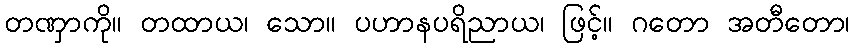
တဏှာကို။ တထာယ၊ သော။ ပဟာနပရိညာယ၊ ဖြင့်။ ဂတော အတီတော၊